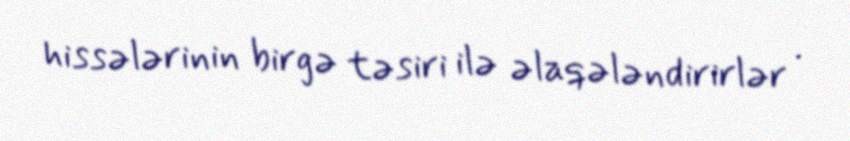
hissələrinin birgə təsiri ilə əlaqələndirirlər .